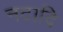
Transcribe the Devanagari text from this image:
नटादि